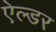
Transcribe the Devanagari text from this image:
ऐल्डर